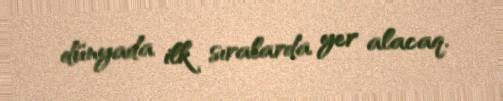
dünyada ilk sıralarda yer alacaq.